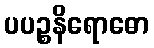
ပပဉ္စနိရောဓော